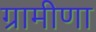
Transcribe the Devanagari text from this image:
ग्रामीणा